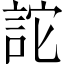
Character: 詑